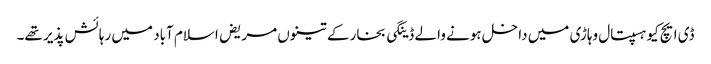
ڈی ایچ کیو ہسپتال وہاڑی میں داخل ہونے والے ڈینگی بخار کے تینوں مریض اسلام آباد میں رہائش پذیر تھے۔